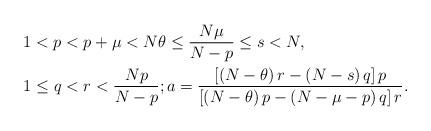
LaTeX: \begin{align*}1 & <p<p+\mu<N\theta\leq\frac{N\mu}{N-p}\leq s<N,\\1 & \leq q<r<\frac{Np}{N-p};a=\frac{\left[ \left( N-\theta\right)r-\left( N-s\right) q\right] p}{\left[ \left( N-\theta\right) p-\left(N-\mu-p\right) q\right] r}.\end{align*}